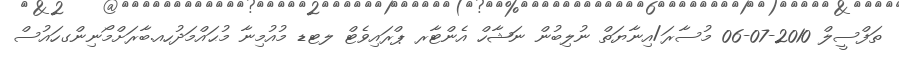
ތަފްސީލް 2010-07-06 މުސާރަ/އިނާޔަތް ނުލިބުން ނަޝާހް އެންޓާރ ޕްރައިވެޓް ލޓޑ މުއުމިނާ މުޙައްމަދުހއ.ބާރަށްމޯނިންގހައުސް